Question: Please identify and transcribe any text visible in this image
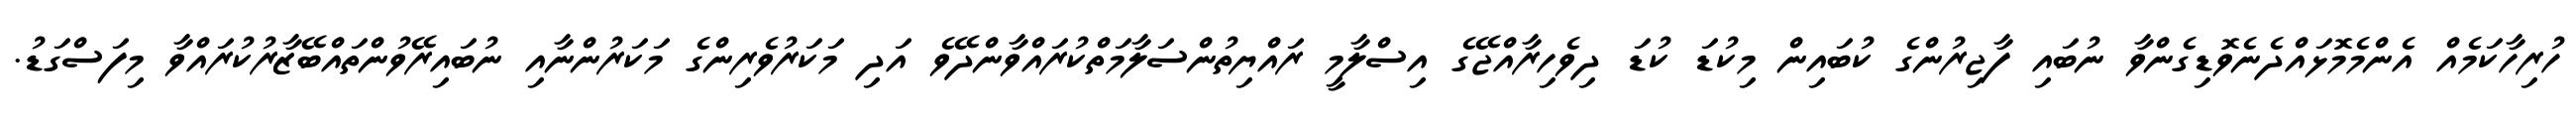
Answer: ހުރިހާކަމެއް އެންމެމޮޅައްދެނެވޮޑިގެންވާ ނުބައި ފާޖިރުންގެ ކުބައިން މިކުޑަ ކުޑަ ދިވެހިރާއްޖޭގެ އިސްލާމީ ރައްޔިތުންސަލާމަތްކުރައްވާންދޭވެ އަދި މަކަރުވެރިންގެ މަކަރުންނާއި ނުބައިރޭވުންތައްބޭޒާރުކުރައްވާ މިފަސްގަޑު.